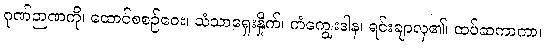
ဂုဏ်ဉာဏကို၊ ထောင်စစဉ်ဝေး၊ သံသာရှေးနှိုက်၊ ကံကျွေးဒါန၊ ရင်းချာလှ၏၊ ထပ်ဆကာကာ၊